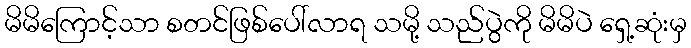
မိမိကြောင့်သာ စတင်ဖြစ်ပေါ်လာရ သမို့ သည်ပွဲကို မိမိပဲ ရှေ့ဆုံးမှ